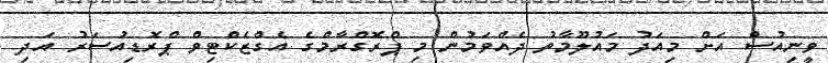
ވީނިއުސް އަށް މިއަދު މައުލޫމާތު ދެއްވަމުން މި ޕްރޮގްރާމްގެ އެގްޒެކްޓިވް ޕްރޮޑިއުސަރު އަދި